Indian journal of veterinary science and animal husbandry - Volume 13,
Year: 1943
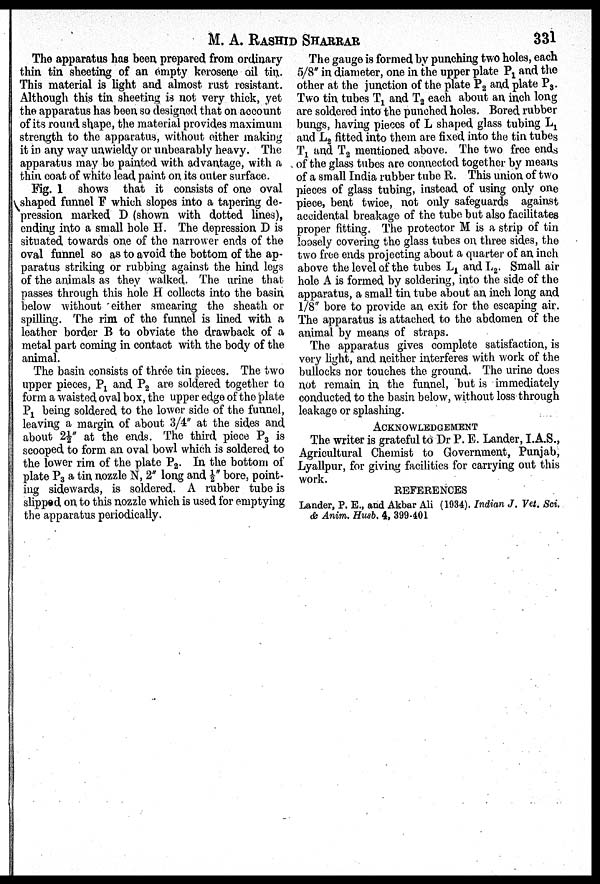
M. A.
RASHID
SHARRAR
331
The apparatus has been prepared from ordinary
thin tin sheeting of an empty kerosene oil tin.
This material is light and almost rust resistant.
Although this tin sheeting is not very thick, yet
the apparatus has been so designed that on account
of its round shape, the material provides maximum
strength to the apparatus, without either making
it in any way unwieldy or unbearably heavy. The
apparatus may be painted with advantage, with a
thin coat of white lead paint on its outer surface.
Fig. 1 shows that it consists of one oval
shaped funnel F which slopes into a tapering de-
pression marked D (shown with dotted lines),
ending into a small hole H. The depression D is
situated towards one of the narrower ends of the
oval funnel so as to avoid the bottom of the ap-
paratus striking or rubbing against the hind legs
of the animals as they walked. The urine that
passes through this hole H collects into the basin
below without either smearing the sheath or
spilling. The rim of the funnel is lined with a
leather border B to obviate the drawback of a
metal part coming in contact with the body of the
animal.
The basin consists of three tin pieces. The two
upper pieces, P 1 and P 2 are soldered together to
form a waisted oval box, the upper edge of the plate
P 1 being soldered to the lower side of the funnel,
leaving a margin of about 3/4" at the sides and
about 2½" at the ends. The third piece P 3 is
scooped to form an oval bowl which is soldered to
the lower rim of the plate P 2 . In the bottom of
plate P 3 a tin nozzle N, 2" long and ½" bore, point-
ing sidewards, is soldered. A rubber tube is
slipped on to this nozzle which is used for emptying
the apparatus periodically.
The gauge is formed by punching two holes, each
5/8" in diameter, one in the upper plate P 1 and the
other at the junction of the plate P 2 and plate P 3 .
Two tin tubes T 1 and T 2 each about an inch long
are soldered into the punched holes. Bored rubber
bungs, having pieces of L shaped glass tubing L 1
and L 2 fitted into them are fixed into the tin tubes
T 1 and T 2 mentioned above. The two free ends
of the glass tubes are connected together by means
of a small India rubber tube R. This union of two
pieces of glass tubing, instead of using only one
piece, bent twice, not only safeguards against
accidental breakage of the tube but also facilitates
proper fitting. The protector M is a strip of tin
loosely covering the glass tubes on, three sides, the
two free ends projecting about a quarter of an inch
above the level of the tubes L 1 and L 2 . Small air
hole A is formed by soldering, into the side of the
apparatus, a small tin tube about an inch long and
1/8" bore to provide an exit for the escaping air.
The apparatus is attached to the abdomen of the
animal by means of straps.
The apparatus gives complete satisfaction, is
very light, and neither interferes with work of the
bullocks nor touches the ground. The urine does
not remain in the funnel, but is immediately
conducted to the basin below, without loss through
leakage or splashing.
ACKNOWLEDGEMENT
The writer is grateful to Dr P. E. Lander, I.A.S.,
Agricultural Chemist to Government, Punjab,
Lyallpur, for giving facilities for carrying out this
work.
REFERENCES
Lander, P. E., and Akbar Ali (1934). Indian J. Vet. Sci.
& Anim. Husb. 4, 399-401